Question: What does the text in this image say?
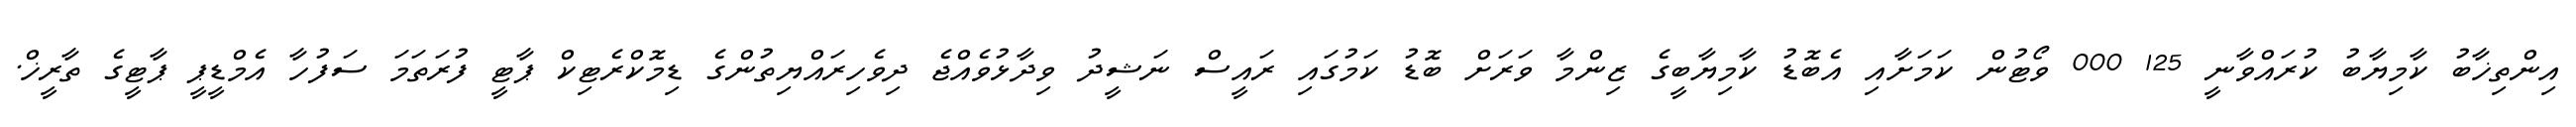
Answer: އިންތިޚާބު ކާމިޔާބު ކުރައްވާނީ 125 000 ވޯޓުން ކަމަށާއި އެބޮޑު ކާމިޔާބީގެ ޒިންމާ ވަރަށް ބޮޑު ކަމުގައި ރައީސް ނަޝީދު ވިދާޅުވެއްޖެ ދިވެހިރައްޔިތުންގެ ޑިމޮކްރެޓިކް ޕާޓީ ފުރަތަމަ ސަފުހާ އެމްޑީޕީ ޕާޓީގެ ތާރީޚް.